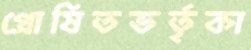
প্রোষিতভর্তৃকা